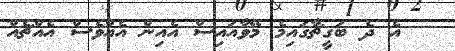
އެ ދެ ބަގީޗާގައިމެ މޭވާއައިސް އެއިން އެއްވެސް އެއްޗެއް